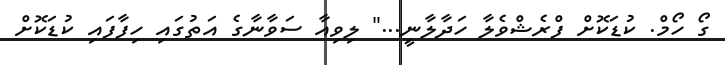
ގޯ ހޯމް. ކުޑަކޮށް ފްރެޝްވެލާ ހަދާލާނީ..." ލިވިއާ ސަވާނާގެ އަތުގައި ހިފާފައި ކުޑަކޮށް